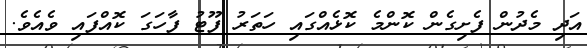
އަދި މެދުން ފެށިގެން ކޮންމެ ކޮޅެއްގައި ހަތަރު ފޫޓު ފާހަގަ ކޮއްފައި ވެއެވެ.